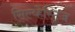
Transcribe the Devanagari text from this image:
सिल्व्हेस्ट्रिज